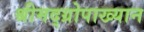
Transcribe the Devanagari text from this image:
श्रीमद्‌ग्रोपाख्यान